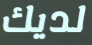
لديك